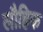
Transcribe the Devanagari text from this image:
लौहिक